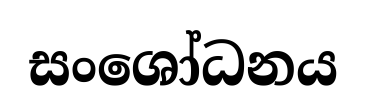
සංශෝධනය